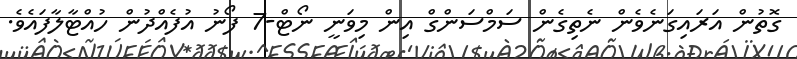
ގޮތުން އަރައިގަނެވެން ނެތިގެން ސަމްސަންގް އިން މިވަނީ ނޯޓް-7 ފޯނު އުފެއްދުން ހުއްޓާލާފައެވެ.